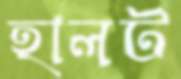
হালট